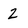
Character: 2